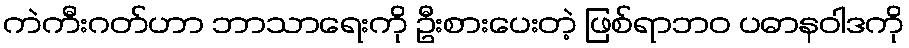
ကဲကီးဂတ်ဟာ ဘာသာရေးကို ဦးစားပေးတဲ့ ဖြစ်ရာဘဝ ပဓာနဝါဒကို